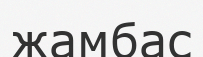
жамбас